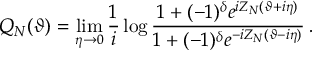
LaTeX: { \cal Q } _ { N } ( \vartheta ) = \mathop { \operatorname * { l i m } } _ { \eta \rightarrow 0 } \frac { 1 } { i } \log \frac { 1 + ( - 1 ) ^ { \delta } e ^ { i Z _ { N } ( \vartheta + i \eta ) } } { 1 + ( - 1 ) ^ { \delta } e ^ { - i Z _ { N } ( \vartheta - i \eta ) } } \: .